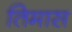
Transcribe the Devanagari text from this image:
तिमास